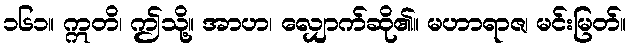
၁၆၁။ ဣတိ၊ ဤသို့။ အာဟ၊ လျှောက်ဆို၏။ မဟာရာဇ၊ မင်းမြတ်။